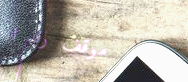
موقف رقم ١